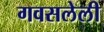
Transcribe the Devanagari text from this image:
गवसलेली